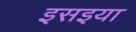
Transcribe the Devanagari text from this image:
इसइया